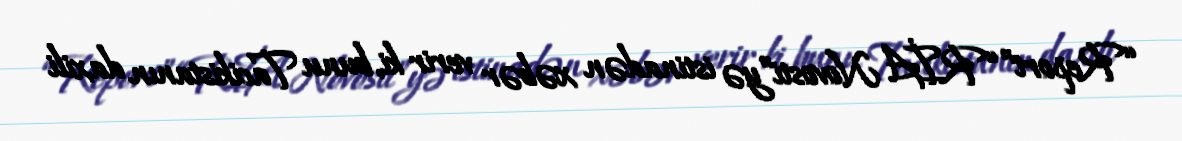
“Report” “RİA Novosti”yə istinadən xəbər verir ki, bunu Tacikistanın daxili